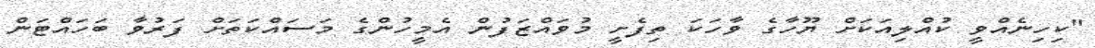
"ކިހިނެއްވީ ކުއްލިއަކަށް ޔޫހާގެ ވާހަކަ ތިފެށީ މުވައްޒަފުން އެމީހުންގެ މަސައްކަތަށް ފަރުވާ ބަހައްޓަން